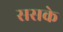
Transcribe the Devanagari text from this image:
ससके